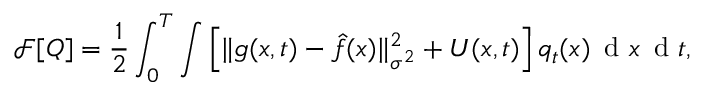
\mathcal { F } [ Q ] = \frac { 1 } { 2 } \int _ { 0 } ^ { T } \int \Big [ \| g ( x , t ) - \hat { f } ( x ) \| _ { \sigma ^ { 2 } } ^ { 2 } + U ( x , t ) \Big ] \, q _ { t } ( x ) \, \mathrm { ~ d ~ } x \, \mathrm { ~ d ~ } t ,